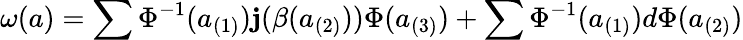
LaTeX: \omega(a)=\sum\Phi^{-1}(a_{(1)})\mathbf{j}(\beta(a_{(2)}))\Phi(a_{(3)})+\sum\Phi^{-1}(a_{(1)})d\Phi(a_{(2)})